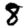
Digit: 8